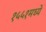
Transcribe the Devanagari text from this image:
१५५१मध्ये